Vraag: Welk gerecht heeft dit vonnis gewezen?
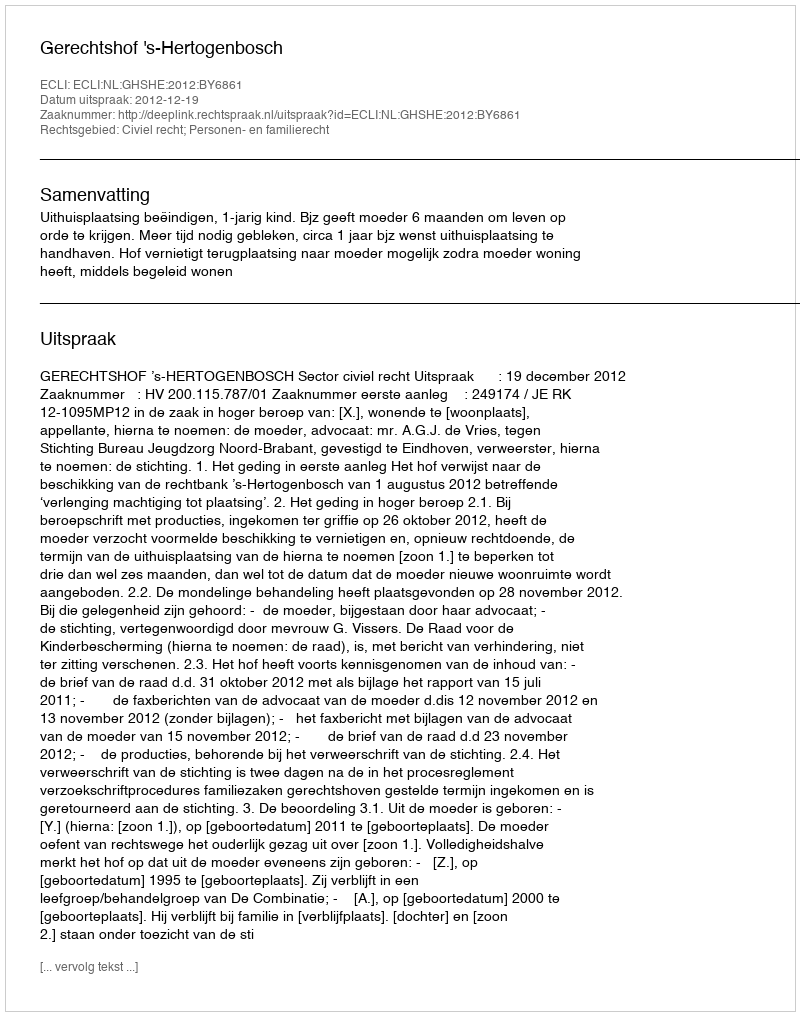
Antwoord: Gerechtshof 's-Hertogenbosch